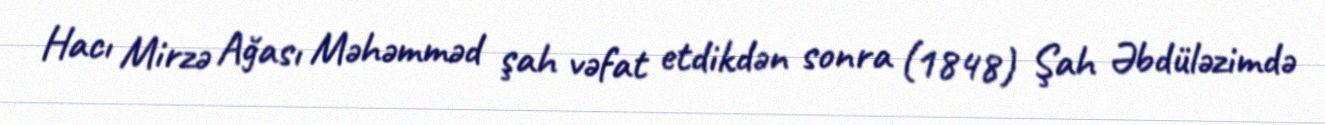
Hacı Mirzə Ağası Məhəmməd şah vəfat etdikdən sonra (1848) Şah Əbdüləzimdə